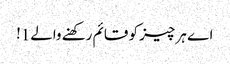
اے ہر چیز کو قائم رکھنے والے1!